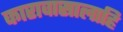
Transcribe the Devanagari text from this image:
कारावासालाहि